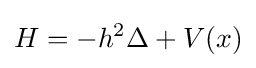
H=-h^{2}\Delta +V(x)